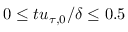
0 \leq t u _ { \tau , 0 } / \delta \leq 0 . 5